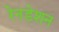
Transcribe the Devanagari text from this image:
रेनडेशन